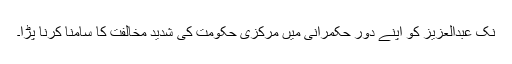
نک عبدالعزیز کو اپنے دورِ حکمرانی میں مرکزی حکومت کی شدید مخالفت کا سامنا کرنا پڑا۔